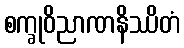
စက္ခုဝိညာဏနိဿိတံ